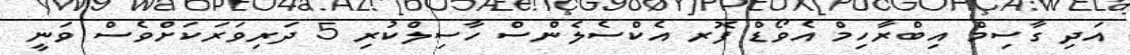
އަދި ގާސިމް އިބްރާހިމް އެވޯޑް ފޮރ އެކްސެލެންސް ހާސިލްކުރި 5 ދަރިވަރަކަށްވެސް ވަނީ